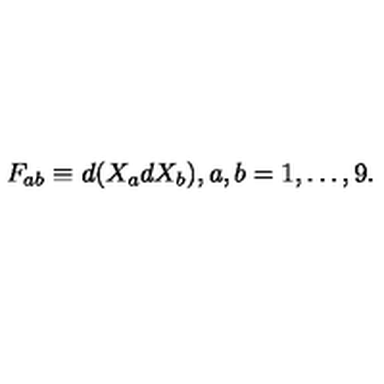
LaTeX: F _ { a b } \equiv d ( X _ { a } d X _ { b } ) , a , b = 1 , \ldots , 9 .